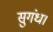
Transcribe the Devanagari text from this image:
सुगंध।